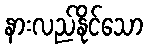
နားလည်နိုင်သော